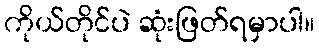
ကိုယ်တိုင်ပဲ ဆုံးဖြတ်ရမှာပါ။